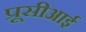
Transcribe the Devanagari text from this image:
प्रूसीआई